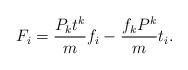
LaTeX: \begin{align*}F_{i}={P_{k}t^{k} \over m} f_{i} - {f_{k}P^{k} \over m}t_{i}.\end{align*}